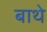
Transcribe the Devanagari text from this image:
बाथे